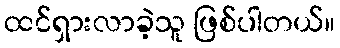
ထင်ရှားလာခဲ့သူ ဖြစ်ပါတယ်။